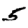
Digit: 5